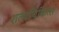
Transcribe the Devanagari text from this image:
शल्यचिकित्स